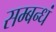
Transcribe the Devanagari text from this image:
सम्बन्धं